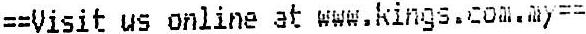
==VISIT US ONLINE AT WWW.KINGS.COM.MY==